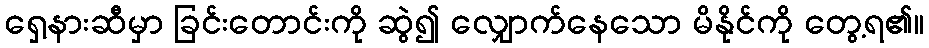
ရှေ့နားဆီမှာ ခြင်းတောင်းကို ဆွဲ၍ လျှောက်နေသော မိနိုင်ကို တွေ့ရ၏။